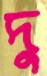
দু